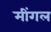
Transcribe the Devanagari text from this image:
मींगल